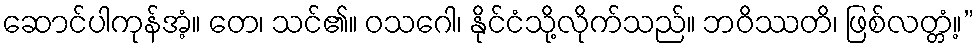
ဆောင်ပါကုန်အံ့။ တေ၊ သင်၏။ ဝသဂေါ၊ နိုင်ငံသို့လိုက်သည်။ ဘဝိဿတိ၊ ဖြစ်လတ္တံ့။”